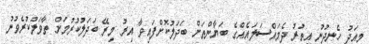
މިއަދު ހެނދުނު އިތުރު ދެމައްސަލައެއްގެ ބަޔާންތަށް ބަދަލުކޮށްފައިވާ އިރު މިރޭ ބަދަލުކުރުމަށް ތާވަލުކުރެވުނު